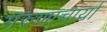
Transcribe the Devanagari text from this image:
गरुणाचार्या